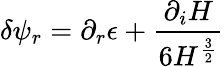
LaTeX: \delta\psi_{r}=\partial_{r}\epsilon+{\frac{\partial_{i}H}{6H^{\frac{3}{2}}}}